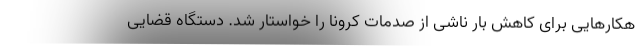
هکارهایی برای کاهش بار ناشی از صدمات کرونا را خواستار شد. دستگاه قضایی